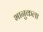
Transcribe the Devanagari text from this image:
भानुकला